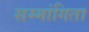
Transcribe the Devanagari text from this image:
सम्मांगिता